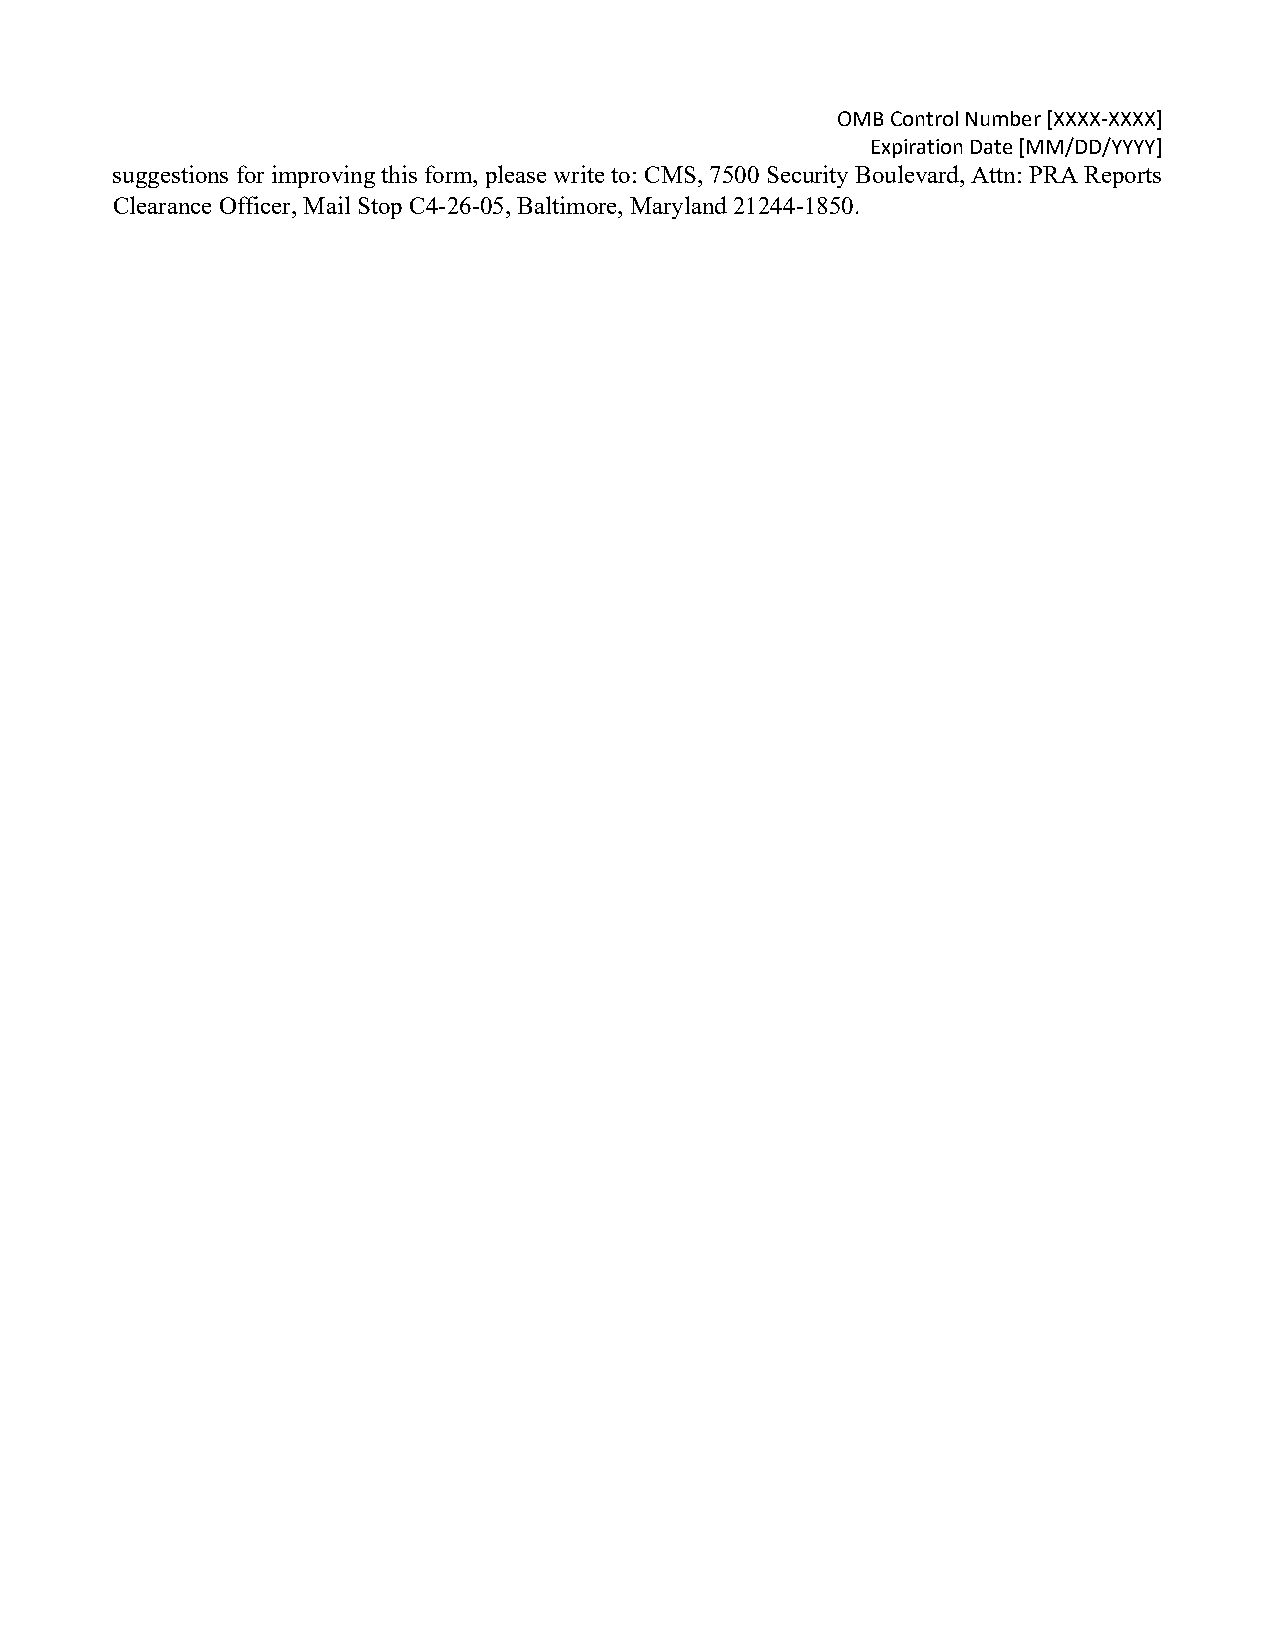
OMB Control Number [XXXX-XXXX]
 Expiration Date [MM/DD/YYYY]
 suggestions for improving this form, please write to: CMS, 7500 Security Boulevard, Attn: PRA Reports
 Clearance Officer, Mail Stop C4-26-05, Baltimore, Maryland 21244-1850.